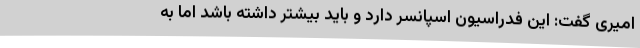
امیری گفت: این فدراسیون اسپانسر دارد و باید بیشتر داشته باشد اما به